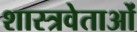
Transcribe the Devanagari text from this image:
शास्त्रवेताओं